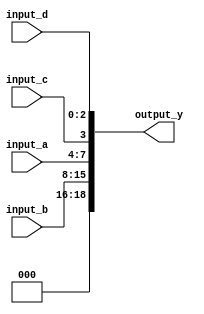
module concatenation_example (
    input wire [3:0] input_a,   // 4-bit input
    input wire [7:0] input_b,   // 8-bit input
    input wire input_c,         // 1-bit input
    input wire [2:0] input_d,   // 3-bit input
    output wire [18:0] output_y  // Output is the concatenation of all inputs
);

// Continuous assignment for concatenation
assign output_y = {input_b, input_a, input_c, input_d};

endmodule